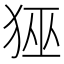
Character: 𭸊